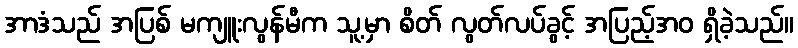
အာဒံသည် အပြစ် မကျူးလွန်မီက သူ့မှာ စိတ် လွတ်လပ်ခွင့် အပြည့်အဝ ရှိခဲ့သည်။